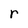
Character: r